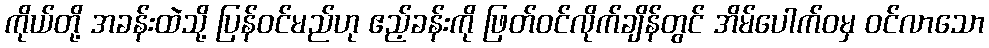
ကိုယ်တို့ အခန်းထဲသို့ ပြန်ဝင်မည်ဟု ဧည့်ခန်းကို ဖြတ်ဝင်လိုက်ချိန်တွင် အိမ်ပေါက်ဝမှ ဝင်လာသော